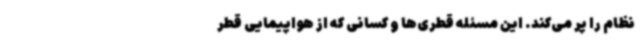
نظام را پر می‌کند. این مسئله قطری‌ها و کسانی که از هواپیمایی قطر